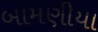
બામણીયા